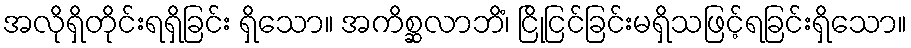
အလိုရှိတိုင်းရရှိခြင်း ရှိသော။ အကိစ္ဆလာဘိံ၊ ငြိုငြင်ခြင်းမရှိသဖြင့်ရခြင်းရှိသော။